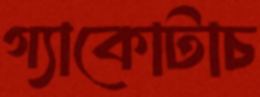
গ্যাকোটাচ